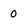
Character: 0